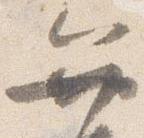
弁